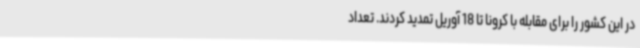
در این کشور را برای مقابله با کرونا تا 18 آوریل تمدید کردند. تعداد